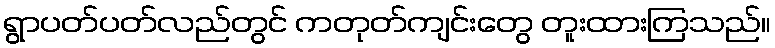
ရွာပတ်ပတ်လည်တွင် ကတုတ်ကျင်းတွေ တူးထားကြသည်။